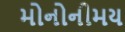
મોનોનીમય